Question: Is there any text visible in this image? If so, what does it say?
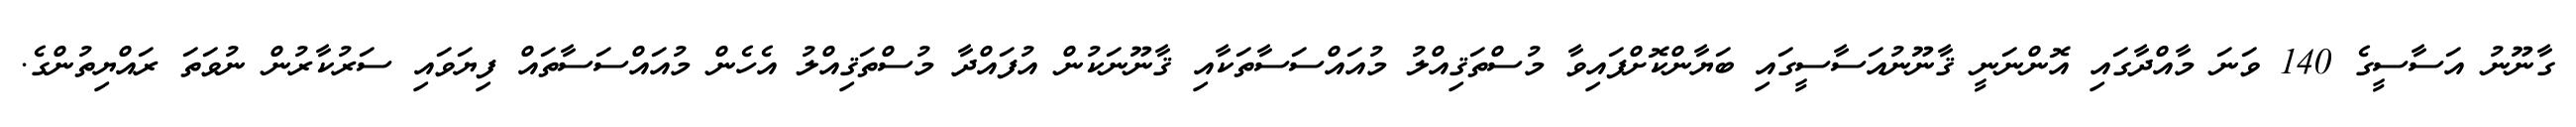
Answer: ގާނޫނު އަސާސީގެ 140 ވަނަ މާއްދާގައި އޮންނަނީ ޤާނޫނުއަސާސީގައި ބަޔާންކޮށްފައިވާ މުސްތަޤިއްލު މުއައްސަސާތަކާއި ޤާނޫނަކުން އުފައްދާ މުސްތަޤިއްލު އެހެން މުއައްސަސާތައް ފިޔަވައި ސަރުކާރުން ނުވަތަ ރައްޔިތުންގެ.